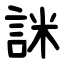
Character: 詸